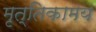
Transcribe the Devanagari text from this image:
मृत्तिकामय